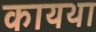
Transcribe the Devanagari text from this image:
कायथा